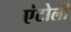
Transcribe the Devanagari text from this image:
एंटोली